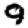
Digit: 9